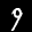
Label: 9